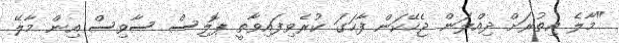
"މާލެ އިތުރަށް ދިއްލަން ޖެހޭކަން ފާހަގަ ކުރެވިފައިވާތީ ޕޮލިސް ސާވިސް އިން މާލޭ